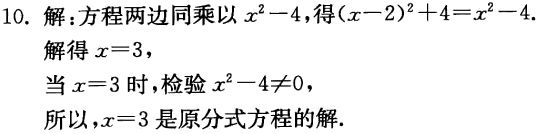
10. 解：方程两边同乘以\(x^{2}-4\)，得\((x - 2)^{2}+4=x^{2}-4\)。

解得\(x = 3\)，

检验\(x^{2}-4\neq0\)，

当\(x = 3\)时，检验\(x^{2}-4\neq0\)，

所以，\(x = 3\)是原分式方程的解.